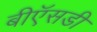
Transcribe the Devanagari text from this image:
बीऍसडी